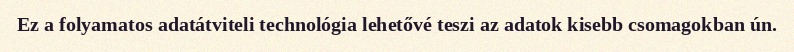
Ez a folyamatos adatátviteli technológia lehetővé teszi az adatok kisebb csomagokban ún.